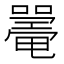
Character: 𡁥